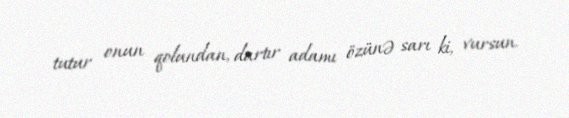
tutur onun qolundan, dartır adamı özünə sarı ki, vursun.